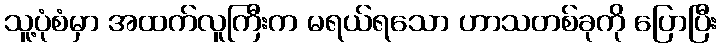
သူ့ပုံစံမှာ အထက်လူကြီးက မရယ်ရသော ဟာသတစ်ခုကို ပြောပြီး